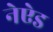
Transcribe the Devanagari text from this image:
नेऐड